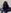
Text: +